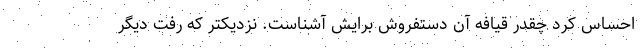
احساس کرد چقدر قیافه آن دستفروش برایش آشناست. نزدیکتر که رفت دیگر